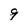
Character: 9